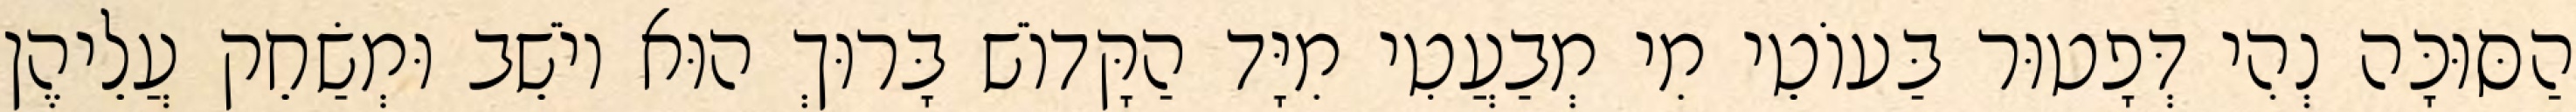
הַסּוּכָּה נְהִי דְּפָטוּר בַּעוֹטֵי מִי מְבַעֲטִי מִיָּד הַקָּדוֹשׁ בָּרוּךְ הוּא יוֹשֵׁב וּמְשַׂחֵק עֲלֵיהֶן